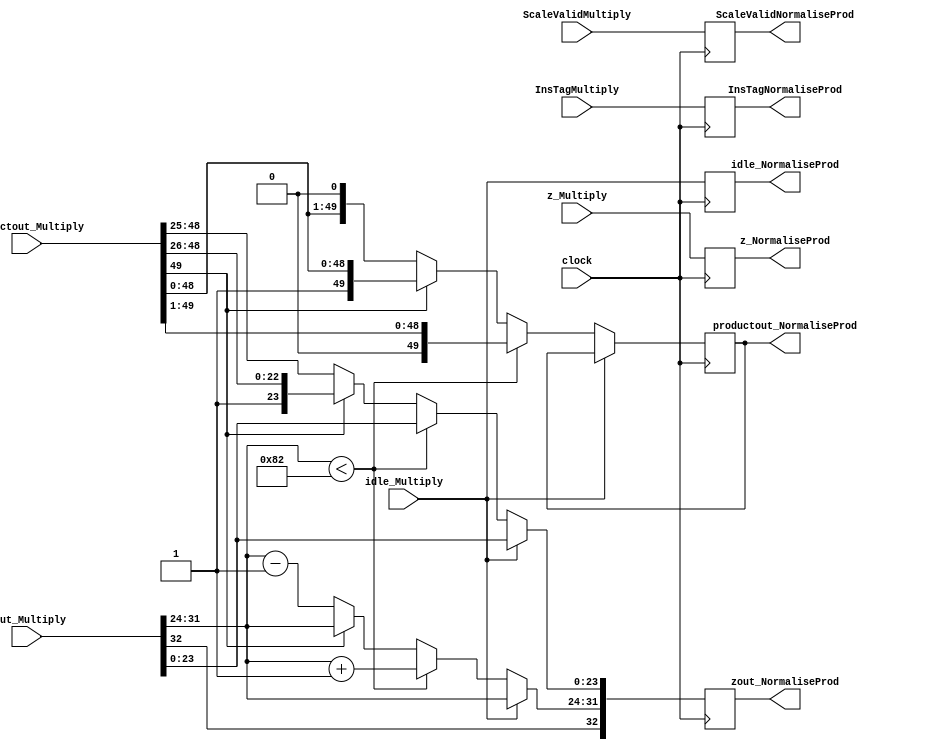
module NormaliseProdMultDescale(
	input [32:0] zout_Multiply,
	input [49:0] productout_Multiply,
   input [7:0] InsTagMultiply,
	input ScaleValidMultiply,
	input [31:0] z_Multiply,
	input clock,
	input idle_Multiply,
	output reg idle_NormaliseProd,
	output reg [32:0] zout_NormaliseProd,
	output reg [49:0] productout_NormaliseProd,
	output reg [7:0] InsTagNormaliseProd,
	output reg ScaleValidNormaliseProd,
	output reg [31:0] z_NormaliseProd
   );

parameter no_idle = 1'b0,
			 put_idle = 1'b1;

wire z_sign;
wire [7:0] z_exponent;
wire [26:0] z_mantissa;

assign z_sign = zout_Multiply[32];
assign z_exponent = zout_Multiply[31:24];
assign z_mantissa = {zout_Multiply[23:0]};

always @ (posedge clock) begin
	
	z_NormaliseProd <= z_Multiply;
	ScaleValidNormaliseProd <= ScaleValidMultiply;
	InsTagNormaliseProd <= InsTagMultiply;
	idle_NormaliseProd <= idle_Multiply;
	
	if (idle_Multiply == no_idle) begin
	
		// This case will never arise. This is because for input with exponent less than -12 multiply isn't used.
		if ($signed(z_exponent) < -126) begin
			zout_NormaliseProd[32] <= z_sign;
         zout_NormaliseProd[31:24] <= z_exponent + 1;
			zout_NormaliseProd[23:0]  <= z_mantissa;
         productout_NormaliseProd <= productout_Multiply >> 1;
		end
			
		// This could be problematic. Will have to test for average number of cycles
		// Current solution is to hard code for all cases like normalisation in addition.
		else if (productout_Multiply[49] == 0) begin
			zout_NormaliseProd[32] <= z_sign;
			zout_NormaliseProd[31:24] <= z_exponent - 1;
			zout_NormaliseProd[23:0] <= {productout_Multiply[48:25]};
			productout_NormaliseProd <= productout_Multiply << 1;
		end
		
		else begin
			zout_NormaliseProd[32] <= z_sign;
			zout_NormaliseProd[31:24] <= z_exponent;
			zout_NormaliseProd[23:0] <= {productout_Multiply[49:26]};
			productout_NormaliseProd <= productout_Multiply;
		end	
	end
	
	else begin
		zout_NormaliseProd <= zout_Multiply;
	end
	
end

endmodule